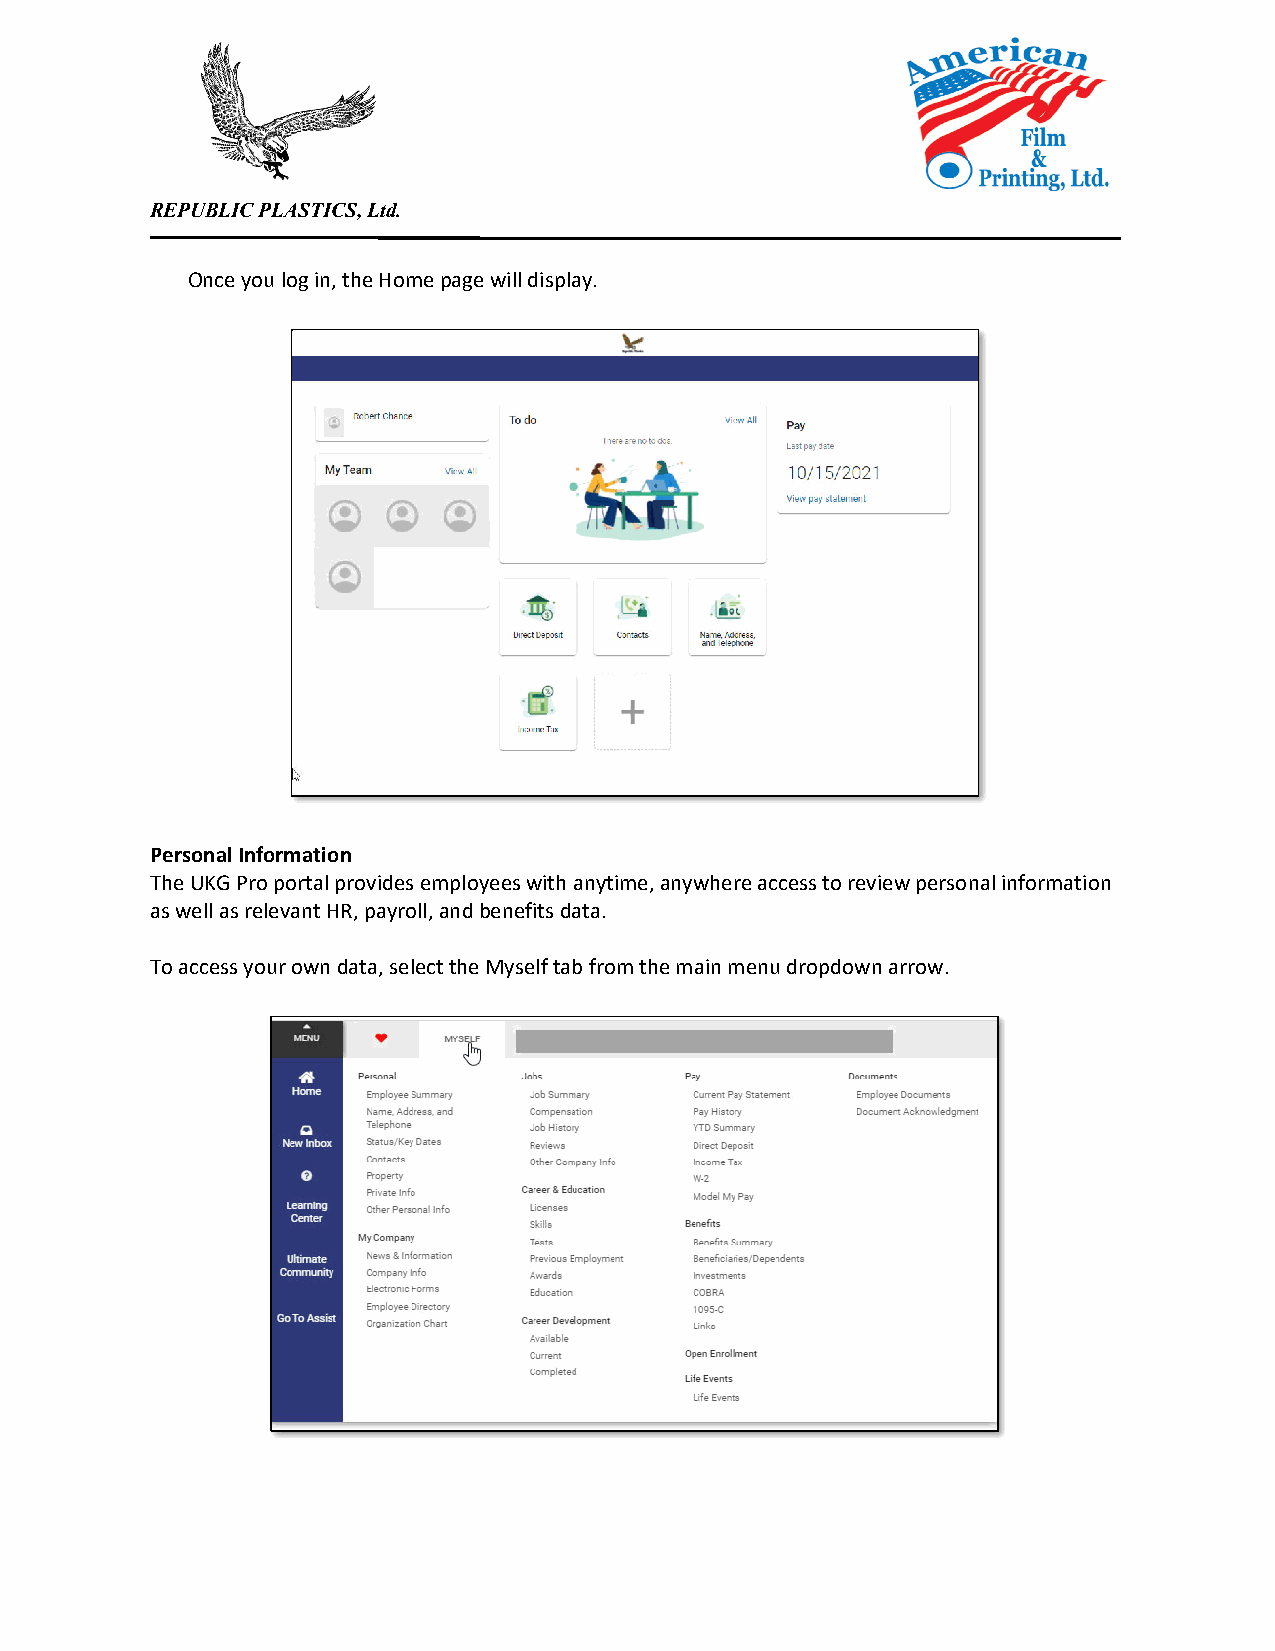
REPUBLIC PLASTICS, Ltd.
 Once you log in, the Home page will display.
 Personal Information
 The UKG Pro portal provides employees with anytime, anywhere access to review personal information
 as well as relevant HR, payroll, and benefits data.
 To access your own data, select the Myself tab from the main menu dropdown arrow.